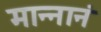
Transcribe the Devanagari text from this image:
मान्नानं